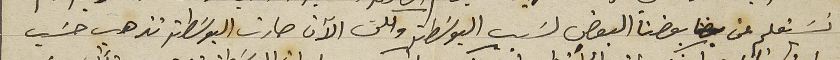
نسَتعلم عن بعضنا البعض لسَبب البوسَطة ولكن الآن صارت البوسَطة تذهب حسَب